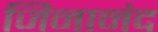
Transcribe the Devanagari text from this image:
जिनानंद